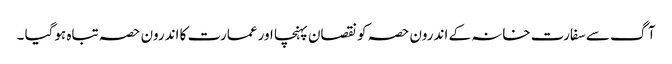
آگ سے سفارت خانہ کے اندرون حصہ کو نقصان پہنچا اور عمارت کا اندرون حصہ تباہ ہوگیا ۔